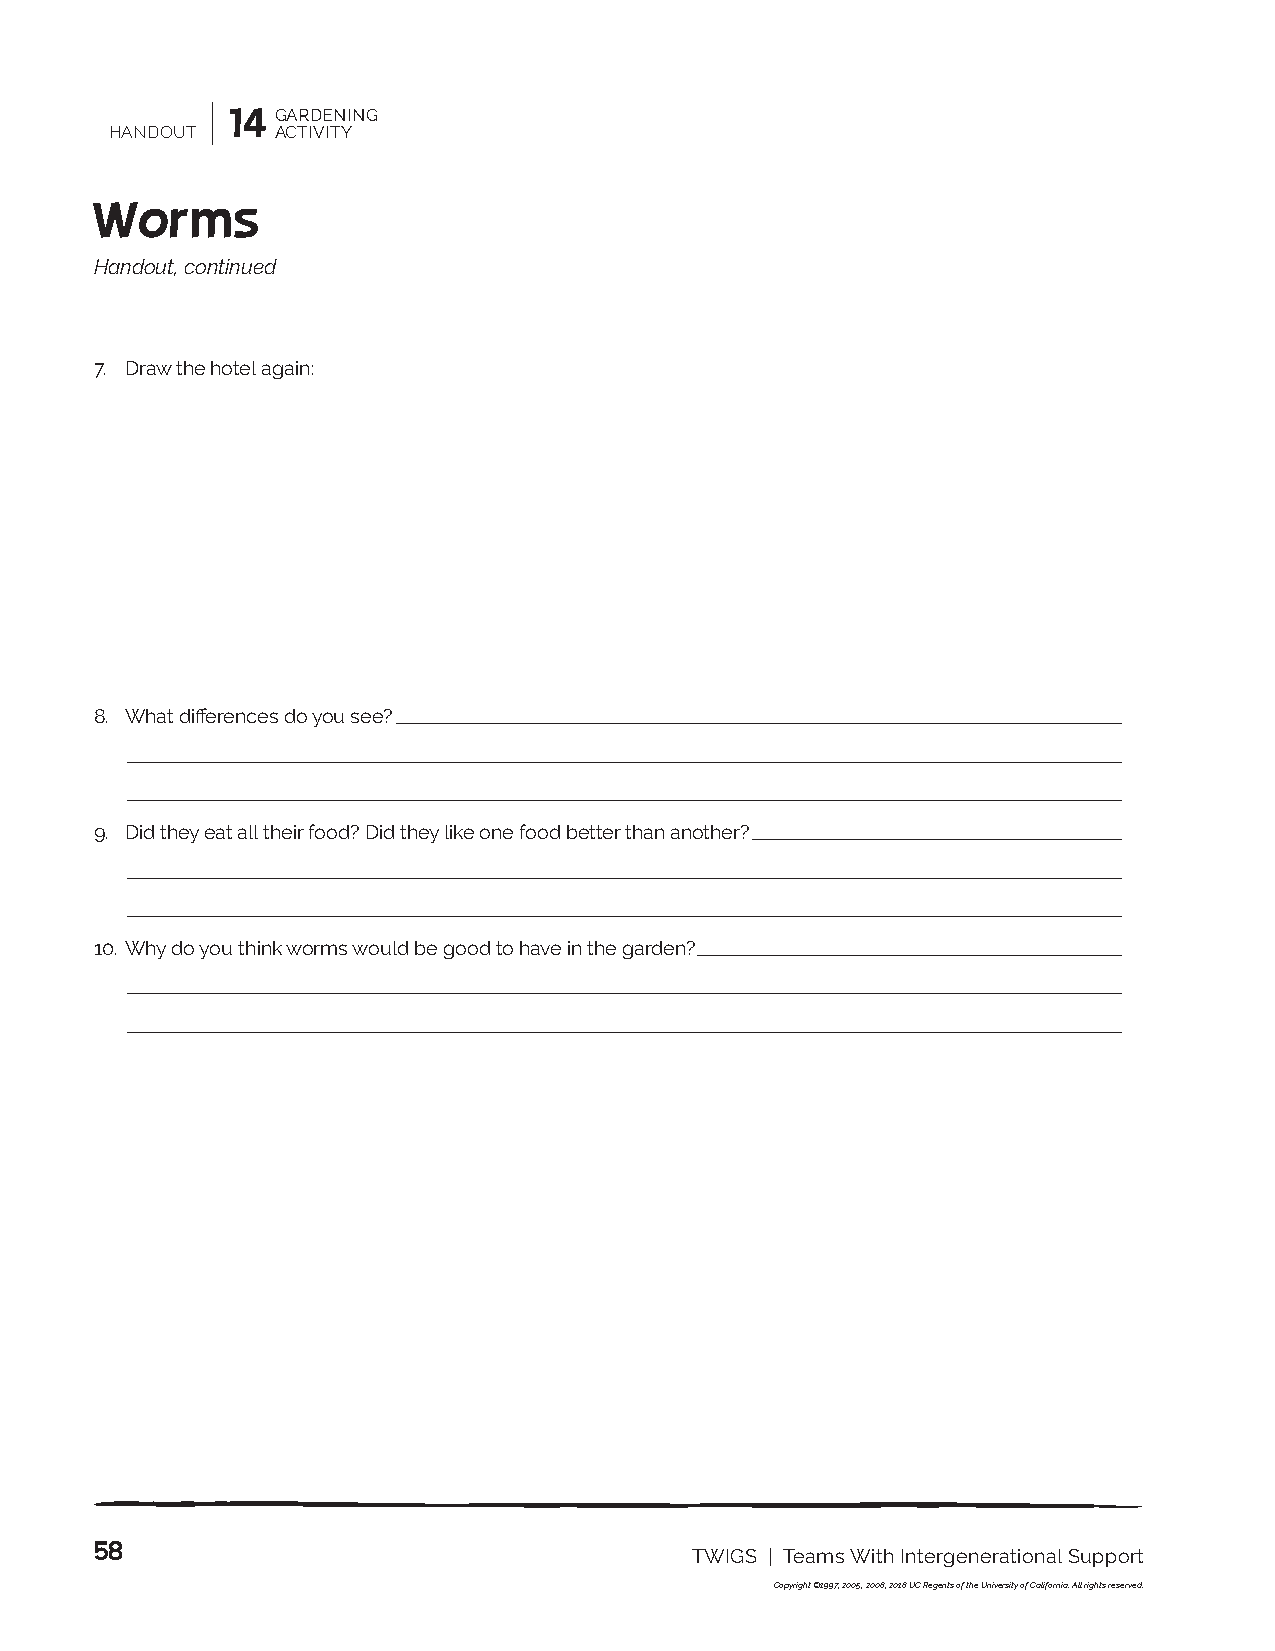
14 GARDENING
 HANDOUT    ACTIVITY
 Worms
 Handout, continued
 7. Draw the hotel again:
 8. What differences do you see?
 ________________________________________________________________________________________________________________________________________________________________________________________________________________________________
 ___________________________________________________________________________________________________________________________________________________________________________________________________________________________________________________________________________________________________________________
 ___________________________________________________________________________________________________________________________________________________________________________________________________________________________________________________________________________________________________________________
 9. Did they eat all their food? Did they like one food better than another?
 __________________________________________________________________________________________________________________
 ___________________________________________________________________________________________________________________________________________________________________________________________________________________________________________________________________________________________________________________
 ___________________________________________________________________________________________________________________________________________________________________________________________________________________________________________________________________________________________________________________
 10. Why do you think worms would be good to have in the garden?
 ___________________________________________________________________________________________________________________________________
 ___________________________________________________________________________________________________________________________________________________________________________________________________________________________________________________________________________________________________________________
 ___________________________________________________________________________________________________________________________________________________________________________________________________________________________________________________________________________________________________________________
 58
 TWIGS | Teams With Intergenerational Support
 Copyright ©1997, 2005, 2008, 2018 UC Regents of the University of California. All rights reserved.